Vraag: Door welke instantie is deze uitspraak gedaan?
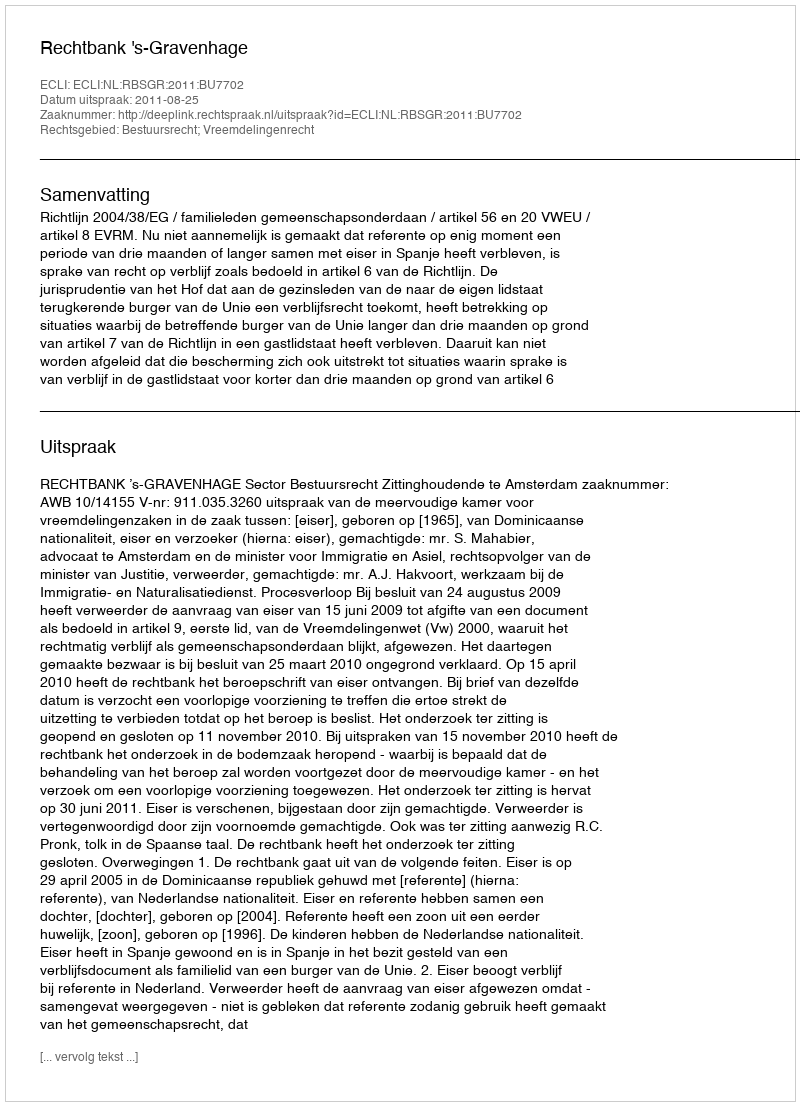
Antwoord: Rechtbank 's-Gravenhage